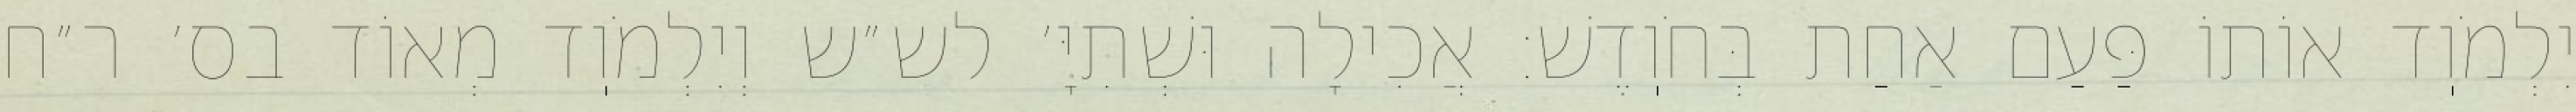
יִלְמֹוֽד אוֹתוֹ פַּעַם אַחַת בְּחֹוֽדֶשׁ: אֲכִילָה וּשְׁתִיָּ׳ לש״ש וְיִלְמֹוֽד מְאוֹד בס׳ ר״ח